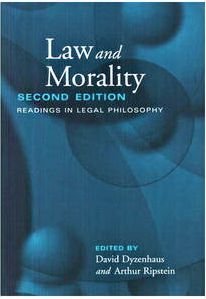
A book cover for Law and Morality: Readings in Legal Philosophy (Toronto Studies in Philosophy); Law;